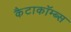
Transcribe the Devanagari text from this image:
कैटाकॉम्ब्स